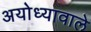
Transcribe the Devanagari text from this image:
अयोध्यावाले